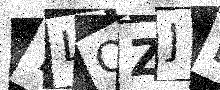
Text: TLQZJD